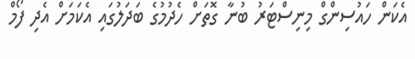
އެކަން ހައުސިންގް މިނިސްޓަރު ބުނާ ގޮތަށް ހެދުމުގެ ބަދަލުގައި އެކަމަށް އެދި ފޯމް